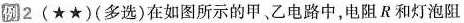
例2 (★★) (多选)在如图所示的甲、乙电路中，电阻R和灯泡阻